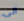
الى